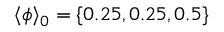
\langle \phi \rangle _ { 0 } = \{ 0 . 2 5 , 0 . 2 5 , 0 . 5 \}